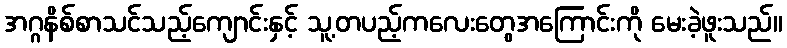
အဂ္ဂနိစ်စာသင်သည့်ကျောင်းနှင့် သူ့တပည့်ကလေးတွေအကြောင်းကို မေးခဲ့ဖူးသည်။